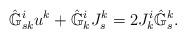
LaTeX: \begin{align*}\hat{\mathbb{G}}^i_{sk} u^k + \hat{\mathbb{G}}^i_k J^k_s = 2J^i_k\hat{\mathbb{G}}^k_s.\end{align*}